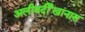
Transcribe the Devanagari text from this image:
अलीवर्दीखानास